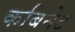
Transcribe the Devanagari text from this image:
कबिनेट